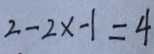
2 - 2 x - 1 = 4